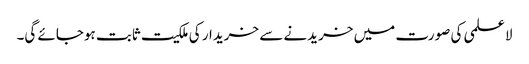
لاعلمی کی صورت میں خریدنے سے خریدار کی ملکیت ثابت ہوجائے گی۔